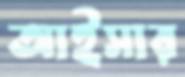
আইসার